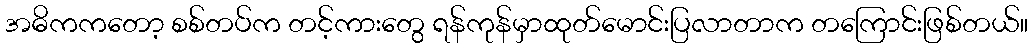
အဓိကကတော့ စစ်တပ်က တင့်ကားတွေ ရန်ကုန်မှာထုတ်မောင်းပြလာတာက တကြောင်းဖြစ်တယ်။